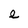
Character: e